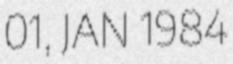
01, JAN 1984